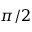
\pi / 2